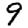
Digit: 9